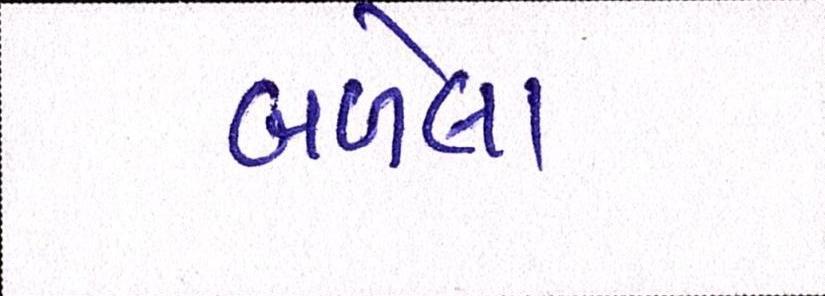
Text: બળેલા